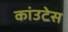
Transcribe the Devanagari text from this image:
कांउटेस